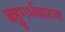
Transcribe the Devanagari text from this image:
बहुगर्भधारणा